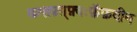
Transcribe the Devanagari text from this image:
व्ज़्सफ़्ग़्फ़्बःफ़ॅफ़दीन